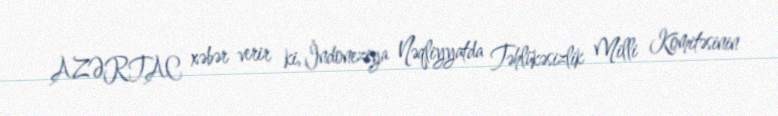
AZƏRTAC xəbər verir ki, İndoneziya Nəqliyyatda Təhlükəsizlik Milli Komitəsinin